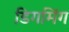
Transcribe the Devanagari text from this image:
डिगमिंग